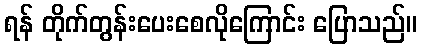
ရန် တိုက်တွန်းပေးစေလိုကြောင်း ပြောသည်။